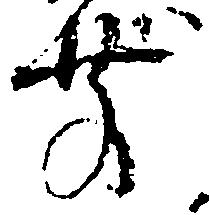
前